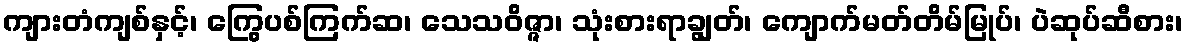
ကျားတံကျစ်နှင့်၊ ကြွေပစ်ကြက်ဆ၊ သေသဝိဇ္ဇာ၊ သုံးစားရာချွတ်၊ ကျောက်မတ်တိမ်မြုပ်၊ ပဲဆုပ်ဆီစား၊